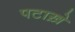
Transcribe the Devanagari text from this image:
पटाख़े